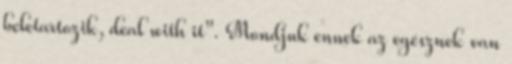
beletartozik, deal with it". Mondjuk ennek az egésznek van